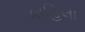
કાહિલા